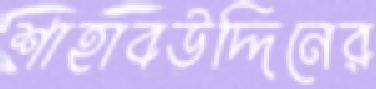
শাহাবউদ্দিনের